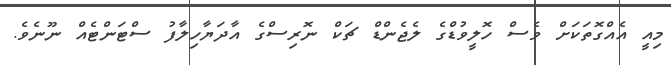
މިއީ އެއްގޮތަކަށް ވެސް ހޮލީވުޑްގެ ލެޖެންޑް ޗަކް ނޮރިސްގެ އާދަޔާހިލާފު ސްޓަންޓެއް ނޫނެވެ.